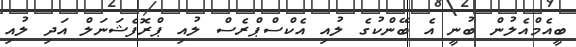
ބީއެމްއެލުން ބުނީ އެ ބޭންކުގެ ލުއި އެކްސްޕްރެސް ލުއި ޕްރޮފެޝަނަލް އަދި ލުއި